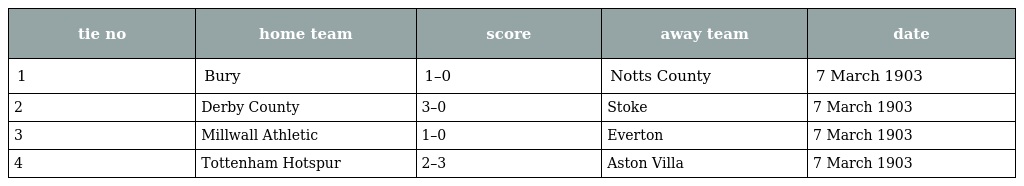
| tie no | home team | score | away team | date |
 | --- | --- | --- | --- | --- |
 | 1 | Bury | 1–0 | Notts County | 7 March 1903 |
 | 2 | Derby County | 3–0 | Stoke | 7 March 1903 |
 | 3 | Millwall Athletic | 1–0 | Everton | 7 March 1903 |
 | 4 | Tottenham Hotspur | 2–3 | Aston Villa | 7 March 1903 |